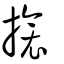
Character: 搇